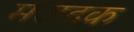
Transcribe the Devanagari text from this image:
मजदक